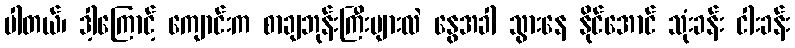
ပါတယ်၊ ဒါ့ကြောင့် ကျောင်းက စာချဘုန်းကြီးများလဲ နွေအခါ သွားနေ နိုင်အောင် သုံးခန်း ငါးခန်း